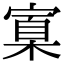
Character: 𡩼